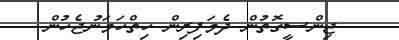
ޖިންސީގޮތުން ދެމަފިރިން ހިތްހަމަނުޖެހުން